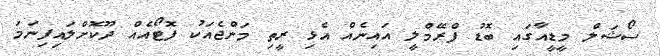
ސޯޝަލް މީޑީއާގައި ބޮޑު ފްރޭމްލީ އައިނެއް އެޅި ރީތި މަންޖެއަކު ފޮޓޯއެއް ދޫކޮށްލައިފިނަމަ